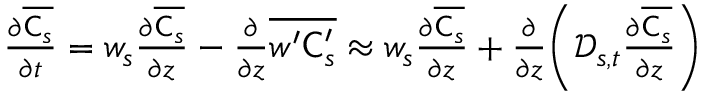
\begin{array} { r } { \frac { \partial \overline { { \mathsf { C } _ { s } } } } { \partial t } = w _ { s } \frac { \partial \overline { { \mathsf { C } _ { s } } } } { \partial z } - \frac { \partial } { \partial z } \overline { { w ^ { \prime } \mathsf { C } _ { s } ^ { \prime } } } \approx w _ { s } \frac { \partial \overline { { \mathsf { C } _ { s } } } } { \partial z } + \frac { \partial } { \partial z } \biggl ( \mathcal { D } _ { s , t } \frac { \partial \overline { { \mathsf { C } _ { s } } } } { \partial z } \biggr ) } \end{array}